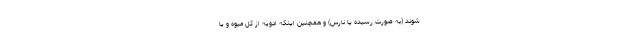
شوند (به صورت رسیده یا نارس) و همچنین اینکه ادویه از کل میوه و یا